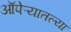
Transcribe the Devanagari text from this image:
ऑपेऱ्यातल्या